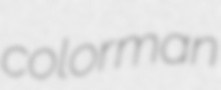
colorman